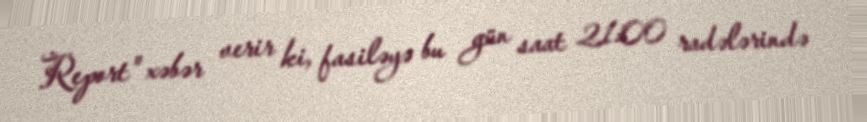
Report" xəbər verir ki, fasiləyə bu gün saat 21:00 radələrində